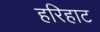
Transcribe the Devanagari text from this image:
हरिहाट